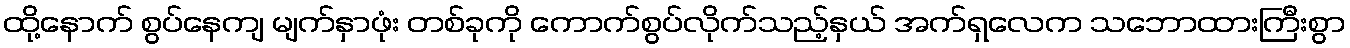
ထို့နောက် စွပ်နေကျ မျက်နှာဖုံး တစ်ခုကို ကောက်စွပ်လိုက်သည့်နှယ် အက်ရှလေက သဘောထားကြီးစွာ